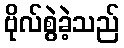
ဗိုလ်စွဲခဲ့သည်